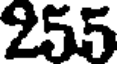
255